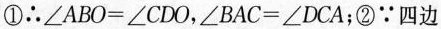
①∴$$∠ A B O = ∠ C D O$$，$$∠ B A C = ∠ D C A$$；②∵四边